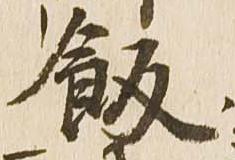
飯